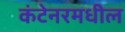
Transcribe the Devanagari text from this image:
कंटेनरमधील